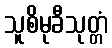
သူစိမုခီသုတ္တံ